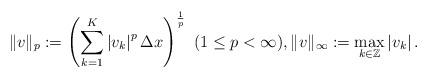
LaTeX: \begin{align*}\| v \|_p := \left( \sum_{k=1}^K \left| v_k \right|^p \Delta x \right)^{\frac{1}{p}} \ (1 \le p < \infty), \| v \|_{\infty} := \max_{ k \in \mathbb{Z}} \left| v_k \right|.\end{align*}